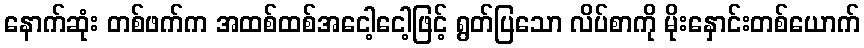
နောက်ဆုံး တစ်ဖက်က အထစ်ထစ်အငေါ့ငေါ့ဖြင့် ရွတ်ပြသော လိပ်စာကို မိုးနှောင်းတစ်ယောက်